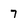
Character: 7